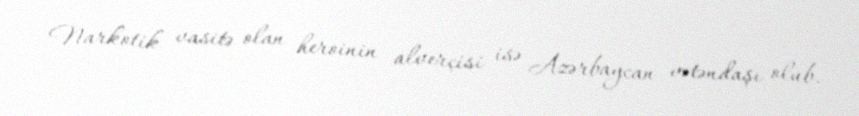
Narkotik vasitə olan heroinin alverçisi isə Azərbaycan vətəndaşı olub.